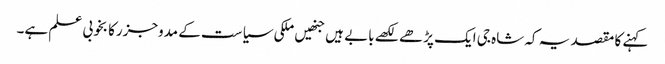
کہنے کا مقصد یہ کہ شاہ جی ایک پڑھے لکھے بابے ہیں جنھیں ملکی سیاست کے مدوجزرکا بخوبی علم ہے۔